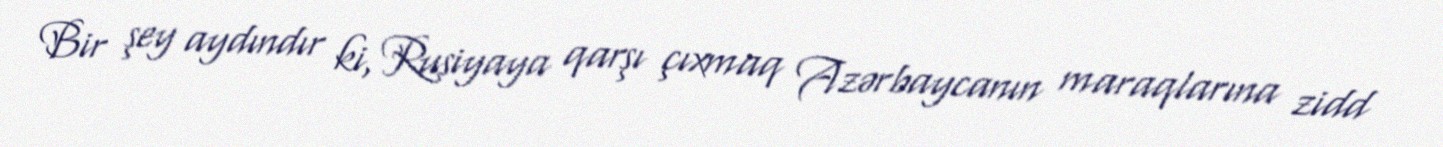
Bir şey aydındır ki, Rusiyaya qarşı çıxmaq Azərbaycanın maraqlarına zidd